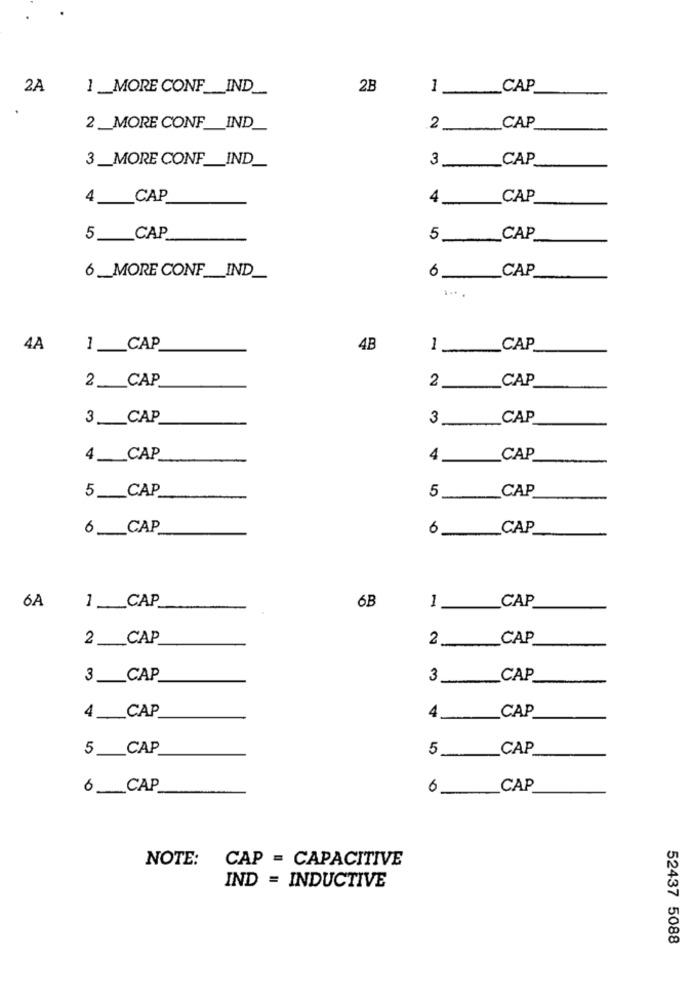
2A
1 __ MORE CONF __ IND __
2B
1
CAP
CAP
2_MORE CONF __ IND_
2
3_MORE CONF __ IND_
CAP
3
4 __ CAP
CAP
5 ___ CAP
5
_CAP
6 __ MORE CONF __ IND_
CAP
6
...
4A
1 __ CAP
4B
CAP
2
CAP
2 ___ CAP
3_CAP
3
CAP
4 ___ CAP
4
CAP
5 ___ CAP
CAP
5
6 __ CAP
CAP
6A
1 __ CAP
6B
1
CAP
2 CAP
CAP
2
3 __ CAP
3
CAP
CAP
4_CAP
4
5 __ CAP
CAP
5
6_CAP
6
_CAP
NOTE:
CAP = CAPACITIVE
IND = INDUCTIVE
52437 5088